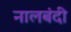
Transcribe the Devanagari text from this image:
नालबंदी